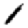
Digit: 1